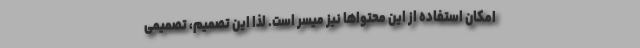
امکان استفاده از این محتواها نیز میسر است. لذا این تصمیم، تصمیمی